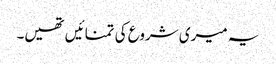
یہ میری شروع کی تمنائیں تھیں۔